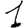
Digit: 1